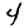
Digit: 4